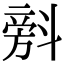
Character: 𣂆